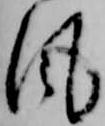
風